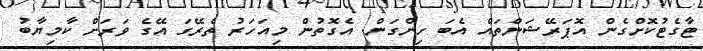
ޓާގެޓުކޮށްގެން އޮޕަރޭޝަންތައް އެބަ ހިންގަން. އެގޮތުން މިއަހަރު ތެރޭގަ އޭގެ ވަރަށް ކާމިޔާބު